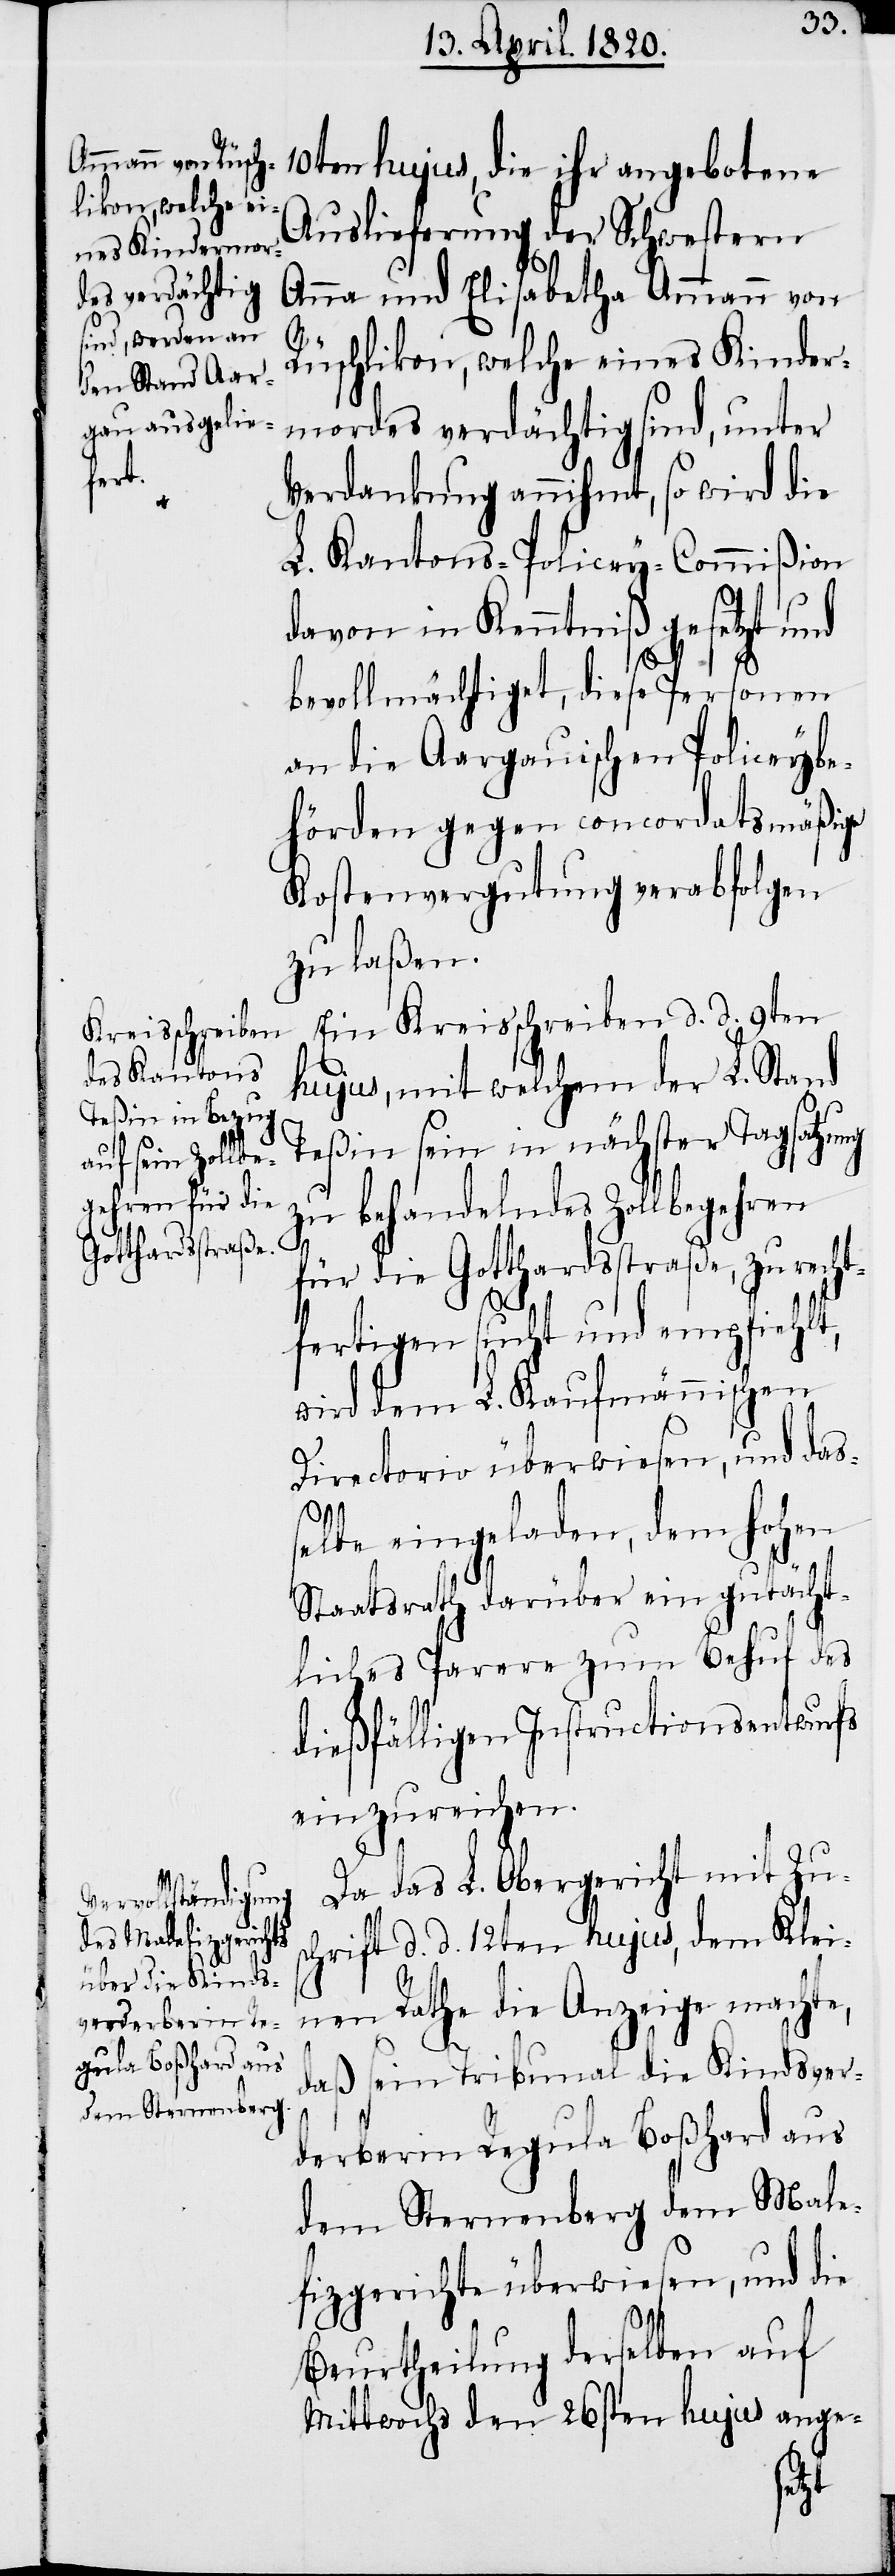
10ten hujus, die ihr angebotene
Auslieferung der Schwestern
Anna und Elisabetha Ammann von
Rüschlikon, welche eines Kinder¬
mordes verdächtig sind, unter
Verdankung annihmt, so wird die
L. Kantons-Policey-Commißion
davon in Kenntniß gesetzt und
bevollmächtiget, diese Personen
an die Aargauischen Policeybe¬
hörden gegen concordatsmäßige
Kostenvergutung verabfolgen
zu laßen.
Da das L. Obergericht mit Zu¬
schrift d. d. 12ten hujus, dem Klei¬
nen Rathe die Anzeige machte,
daß sein Tribunal die Kindsver¬
derberin Regula Boßhard aus
dem Sternenberg dem Male¬
fizgerichte überwiesen, und die
Beurtheilung derselben auf
Mittwochs den 26sten hujus ange-